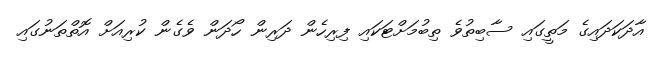
އާދަކަދައިގެ މަތީގައި ސާބިތުވެ ތިބުމަށްޓަކައި ފިރިހެން ދަރިން ހޯދަން ވެގެން ކުރިއަށް އޮތްތަނުގައި